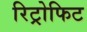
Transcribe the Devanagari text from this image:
रिट्रोफिट